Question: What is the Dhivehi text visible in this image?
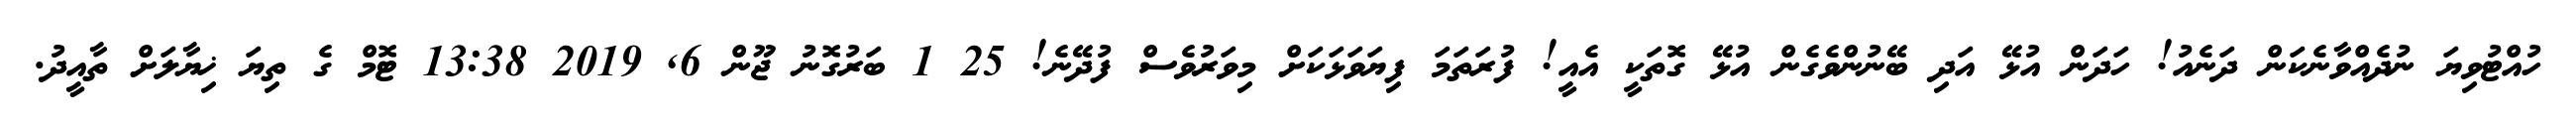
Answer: ހުއްޓުވިޔަ ނުދެއްވާނެކަން ދަނެއު! ހަދަން އުޅޭ އަދި ބޭނުންވެގެން އުޅޭ ގޮތަކީ އެއީ! ފުރަތަމަ ފިޔަވަޅަކަށް މިވަރުވެސް ފުދޭނެ! 25 1 ބަރުގޮނު ޖޫން 6, 2019 13:38 ޓޮމް ގެ ތިޔަ ޚިޔާލަށް ތާއީދު.